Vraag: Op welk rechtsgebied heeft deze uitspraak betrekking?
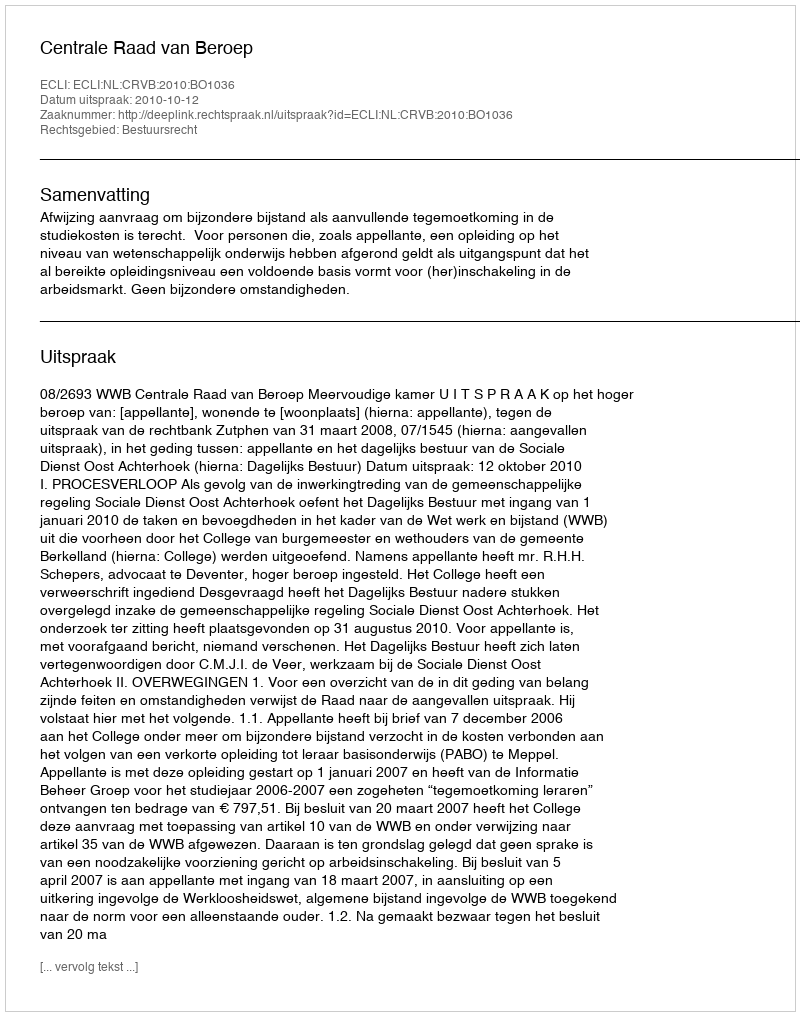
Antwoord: Bestuursrecht